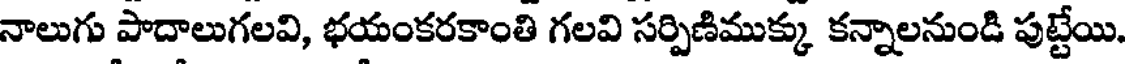
నాలుగు పాదాలుగలవి, భయంకరకాంతి గలవి సర్పిణిముక్కు కన్నాలనుండి పుట్టేయి.